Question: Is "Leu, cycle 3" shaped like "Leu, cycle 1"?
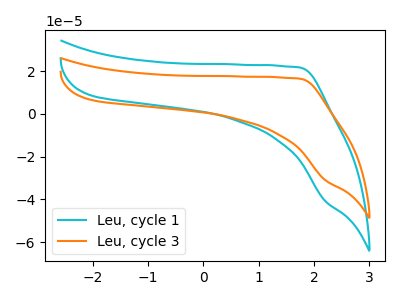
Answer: <think>The cyan curve "Leu, cycle 1" has no peaks. The orange curve "Leu, cycle 3" has no peaks.
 Neither "Leu, cycle 3" or "Leu, cycle 1" have any peaks.</think>
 <answer>"Leu, cycle 3" and "Leu, cycle 1" are similar in shape.</answer>
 <eval>same_shape</eval>